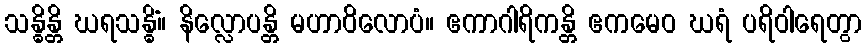
သန္ဓိန္တိ ဃရသန္ဓိံ။ နိလ္လောပန္တိ မဟာဝိလောပံ။ ဧကာဂါရိကန္တိ ဧကမေဝ ဃရံ ပရိဝါရေတွာ